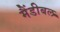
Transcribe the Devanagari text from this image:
मैंडीबल